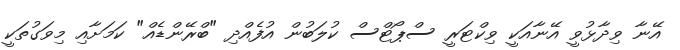
އޭނާ ވިދާޅުވީ އޭނާއަކީ ވިކްޓަރީ ސްޕޯޓްސް ކުލަބުން އުފެއްދި "ބްރޭންޑެއް" ކަމަށާއި މިވަގުތަކީ